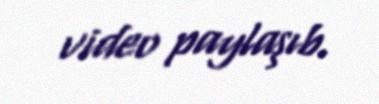
video paylaşıb.